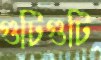
গুটিগুটি